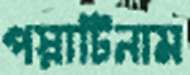
পস্নাটিনাম